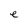
Character: e